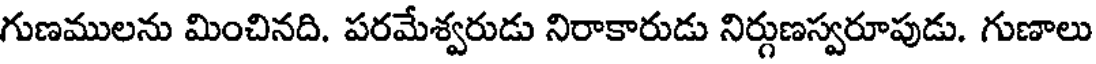
గుణములను మించినది. పరమేశ్వరుడు నిరాకారుడు నిర్గుణస్వరూపుడు. గుణాలు